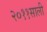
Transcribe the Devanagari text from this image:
२०११साली